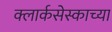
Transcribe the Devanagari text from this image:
क्लार्कसेस्काच्या